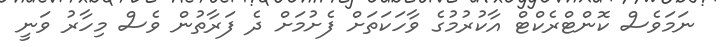
ނަމަވެސް ކޮންޓްރެކްޓް އާކުރުމުގެ ވާހަކަތަށް ފެށުމަށް ދެ ފަރާތުން ވެސް މިހާރު ވަނީ